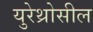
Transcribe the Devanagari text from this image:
युरेथ्रोसील